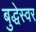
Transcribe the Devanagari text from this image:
बुद्धेस्वर